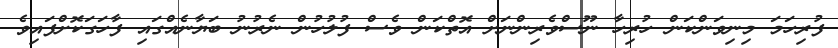
ފުރިހަމަ މިނިވަންކަން ހުރިހާ ނޫސްވެރިންނަށް އޮތްކަން ވެސް ފުލުހުން ނެރުނު ބަޔާނެއްގައި ފާހަގަކޮށްފައިވެ